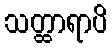
သတ္ထာရာပိ